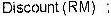
DISCOUNT (RM) :